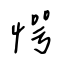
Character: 愕